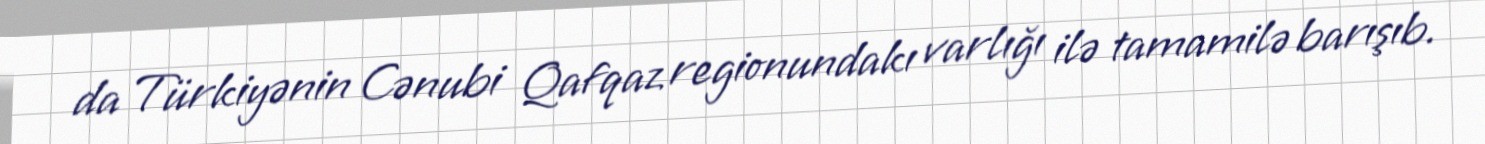
da Türkiyənin Cənubi Qafqaz regionundakı varlığı ilə tamamilə barışıb.